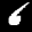
Label: 6